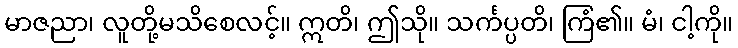
မာဇညာ၊ လူတို့မသိစေလင့်။ ဣတိ၊ ဤသို။ သင်္ကပ္ပတိ၊ ကြံ၏။ မံ၊ ငါ့ကို။